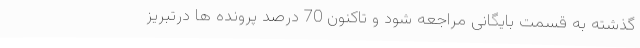
گذشته به قسمت بایگانی مراجعه شود و تاکنون 70 درصد پرونده ها درتبریز